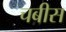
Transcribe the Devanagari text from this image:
चबीस